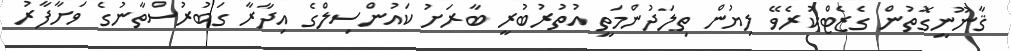
ޤާނޫނީގޮތުން ގެޒެޓްކުރެވޭ ލިޔުން ތިލަދުންމަތީ އުތުރުބުރީ ބާރަށު ކައުންސިލްގެ އިދާރާ ގަބުރުސްތާނުގެ ވަށާފާރު